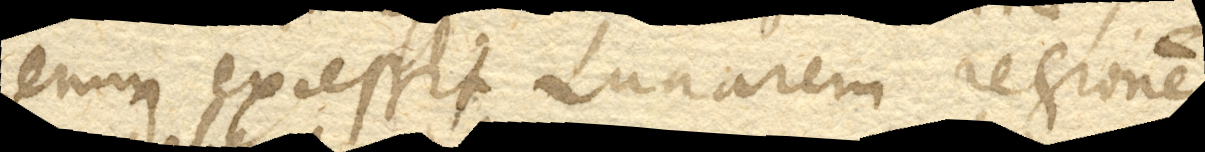
enim excessit Lunarem regionem